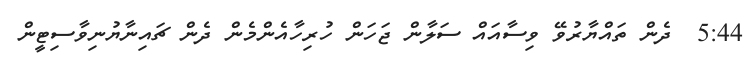
5:44  ދެން ތައްޔާރުވޭ ވިސާއައް ސަލާން ޖަހަން ހުރިހާއެންމެން ދެން ޗައިނާޔުނިވާސިޓީން